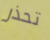
تحذر